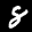
Label: 8